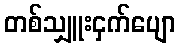
တစ်သျှူးငှက်ပျော